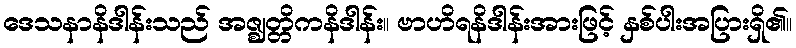
ဒေသနာနိဒါန်းသည် အဇ္ဈတ္တိကနိဒါန်း။ ဗာဟိရနိဒါန်းအားဖြင့် နှစ်ပါးအပြားရှိ၏။